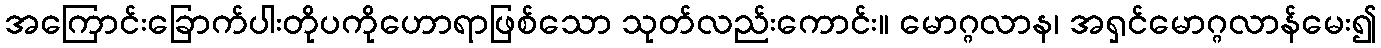
အကြောင်းခြောက်ပါးတိုပကိုဟောရာဖြစ်သော သုတ်လည်းကောင်း။ မောဂ္ဂလာန၊ အရှင်မောဂ္ဂလာန်မေး၍